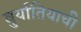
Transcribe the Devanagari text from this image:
बुर्यातियाची